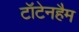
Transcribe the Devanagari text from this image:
टॉटेनहैम